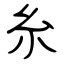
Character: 糸